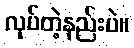
လုပ်တဲ့နည်းပဲ။